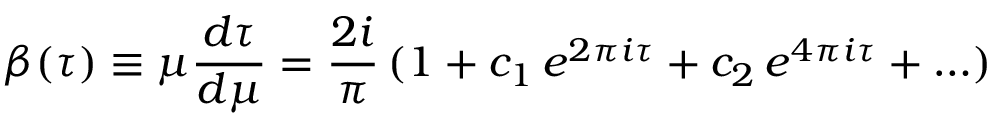
\beta ( \tau ) \equiv \mu { \frac { d \tau } { d \mu } } = { \frac { 2 i } { \pi } } \, ( 1 + c _ { 1 } \, e ^ { 2 \pi i \tau } + c _ { 2 } \, e ^ { 4 \pi i \tau } + \ldots )